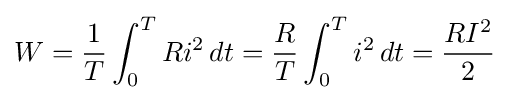
W={\frac {1}{T}}\int _{0}^{T}Ri^{2}\,dt={\frac {R}{T}}\int _{0}^{T}i^{2}\,dt={\frac {RI^{2}}{2}}